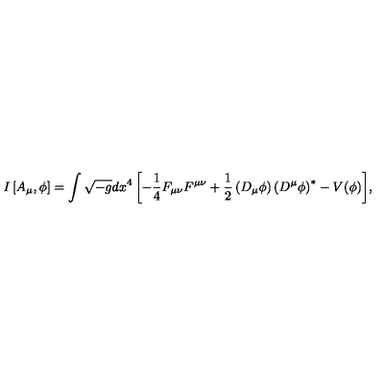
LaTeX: I \left[ A _ { \mu } , \phi \right] = \int { \sqrt { - g } d x ^ { 4 } \left[ - { \frac { 1 } { 4 } } F _ { \mu \nu } F ^ { \mu \nu } + { \frac { 1 } { 2 } } \left( D _ { \mu } \phi \right) \left( D ^ { \mu } \phi \right) ^ { * } - V ( \phi ) \right] } ,